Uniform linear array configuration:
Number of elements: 16
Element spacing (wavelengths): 1
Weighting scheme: kaiser
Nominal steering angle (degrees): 30
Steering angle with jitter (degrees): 30.814
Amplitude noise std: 0.05
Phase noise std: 0.05

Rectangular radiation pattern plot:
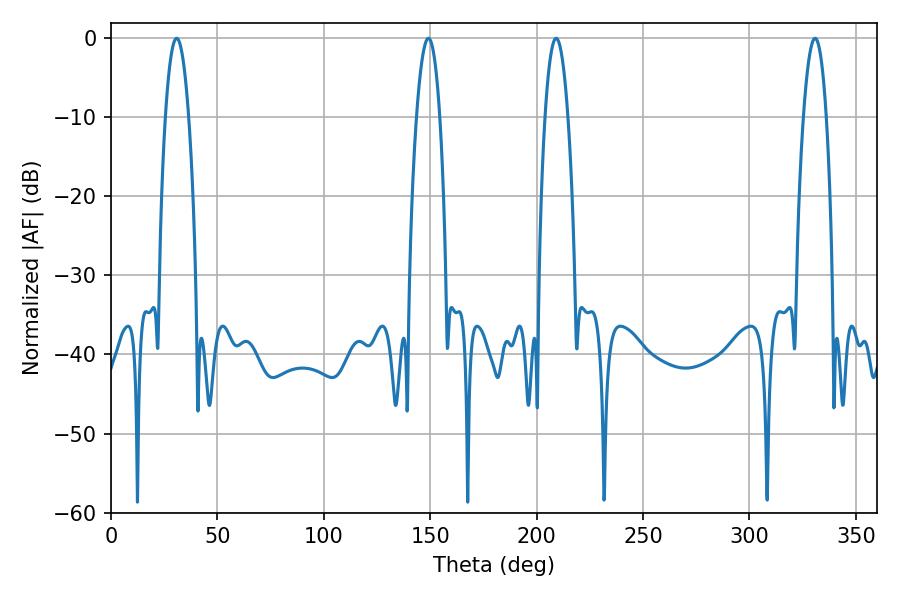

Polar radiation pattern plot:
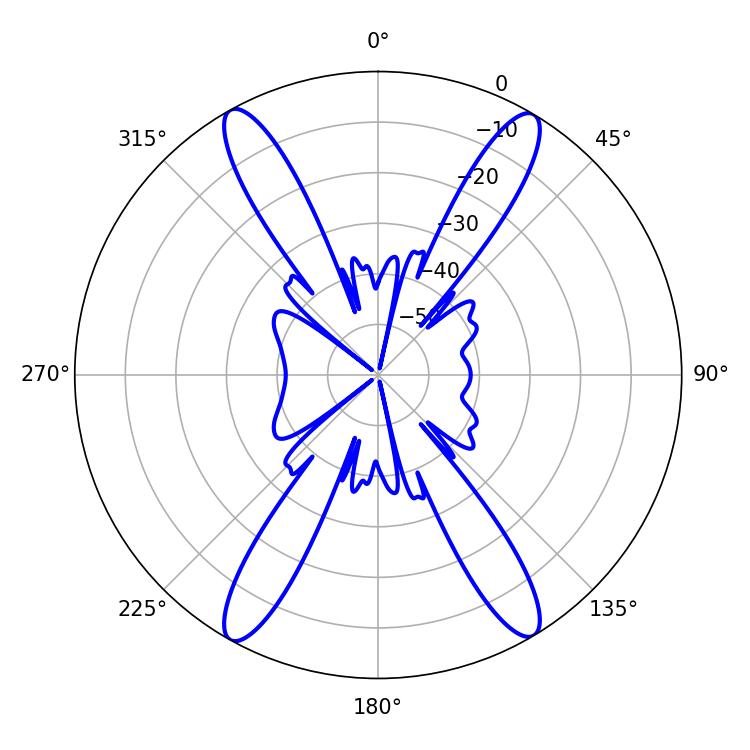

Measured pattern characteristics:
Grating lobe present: TRUE
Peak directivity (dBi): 24.181
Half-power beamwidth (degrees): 5.94
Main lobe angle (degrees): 209.16